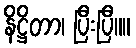
နိဋ္ဌိတာ၊ ပြီးပြီ။။